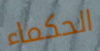
الحكماء